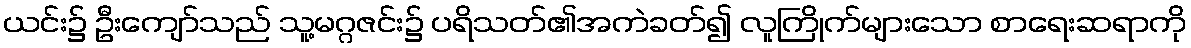
ယင်း၌ ဦးကျော်သည် သူ့မဂ္ဂဇင်း၌ ပရိသတ်၏အကဲခတ်၍ လူကြိုက်များသော စာရေးဆရာကို